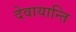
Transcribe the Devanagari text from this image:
देवायान्ति